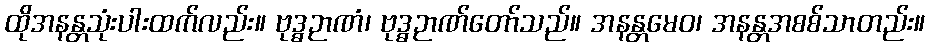
ထိုအနန္တသုံးပါးထက်လည်း။ ဗုဒ္ဓဉာဏံ၊ ဗုဒ္ဓဉာဏ်တော်သည်။ အနန္တမေဝ၊ အနန္တအစစ်သာတည်း။